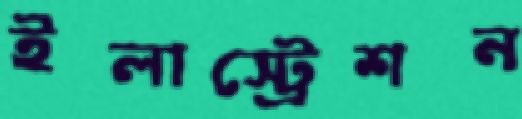
ইলাস্ট্রেশন